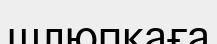
шлюпкаға